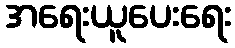
အရေးယူပေးရေး